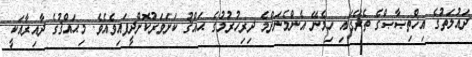
ދައުލަތުގެ އިޚްތިޞާޞްގެ ތެރޭގައި ހިމެނޭ އެންމެނަށްމެ ދިރިހުރުމުގެ ޙައްޤު ކަށަވަރުކޮށްދީފައިވެއެވެ. މިޙައްޤުގެ ދާއިރާއަކީ